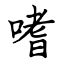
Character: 嗜